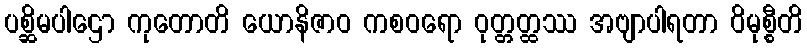
ပစ္ဆိမပါဌော ကုတောတိ ယောနိဇာဝ ကစဝရော ဝုတ္တတ္ထဿ အဗျာပါရတာ ဝိမုစ္စီတိ